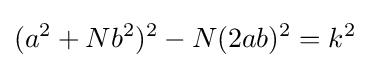
(a^{2}+Nb^{2})^{2}-N(2ab)^{2}=k^{2}